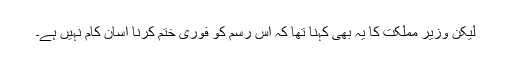
لیکن وزیر مملکت کا یہ بھی کہنا تھا کہ اس رسم کو فوری ختم کرنا آسان کام نہیں ہے۔